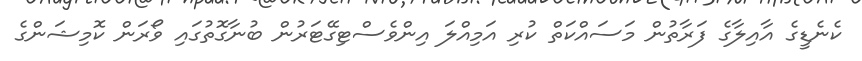
ކެނެޑީގެ އާއިލާގެ ފަރާތުން މަސައްކަތް ކުރި އަމިއްލަ އިންވެސްޓިގޭޓަރުން ބުނާގޮތުގައި ވޯރަން ކޮމިޝަންގެ